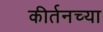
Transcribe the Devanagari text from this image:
कीर्तनच्या